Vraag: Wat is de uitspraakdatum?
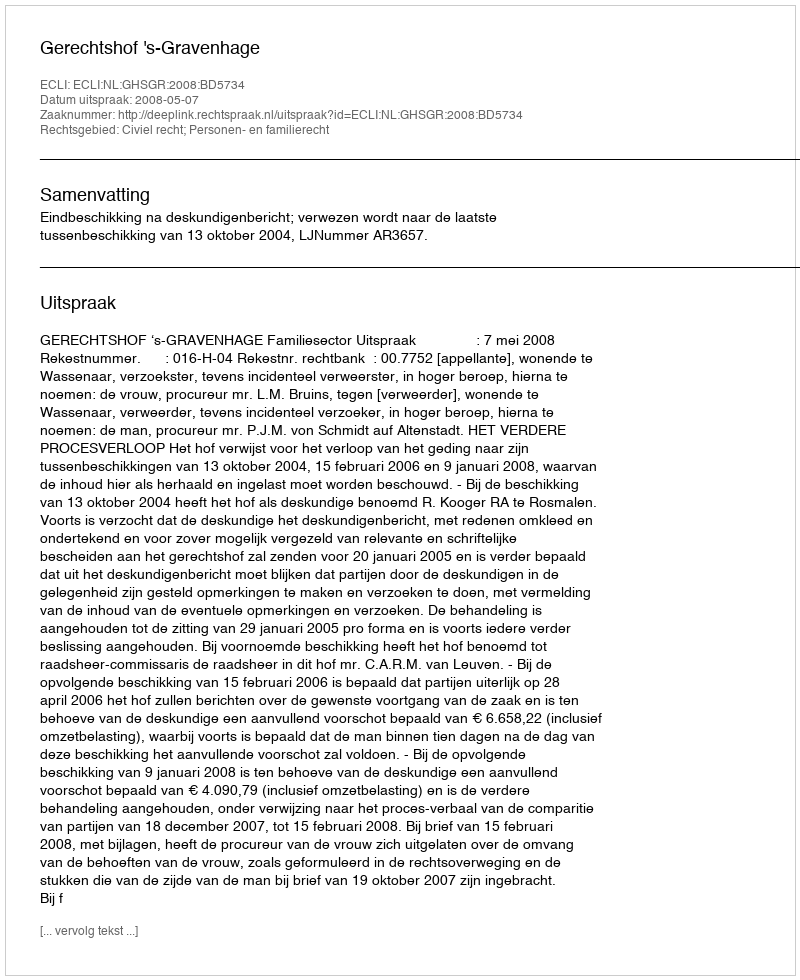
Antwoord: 2008-05-07